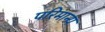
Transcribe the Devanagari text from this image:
परिमान्य